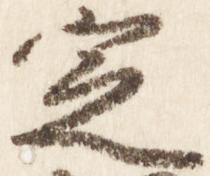
定